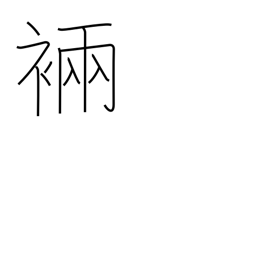
Meaning: ancient robe